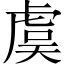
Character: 虞